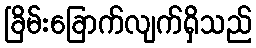
ခြိမ်းခြောက်လျက်ရှိသည်